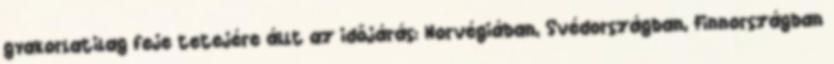
gyakorlatilag feje tetejére állt az időjárás: Norvégiában, Svédországban, Finnországban